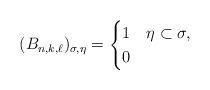
\begin{align*} (B_{n,k,\ell})_{\sigma,\eta}= \begin{cases} 1 & \eta\subset \sigma,\\ 0 & \end{cases}\end{align*}